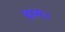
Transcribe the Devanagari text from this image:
दाम।